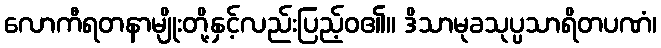
လောကီရတနာမျိုးတို့နှင့်လည်းပြည့်ဝ၏။ ဒိသာမုခသုပ္ပသာရိတပဏံ၊